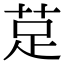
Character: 莡